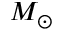
M _ { \odot }